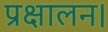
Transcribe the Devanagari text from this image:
प्रक्षालन।